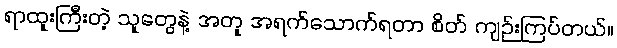
ရာထူးကြီးတဲ့ သူတွေနဲ့ အတူ အရက်သောက်ရတာ စိတ် ကျဉ်းကြပ်တယ်။